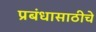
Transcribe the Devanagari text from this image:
प्रबंधासाठीचे